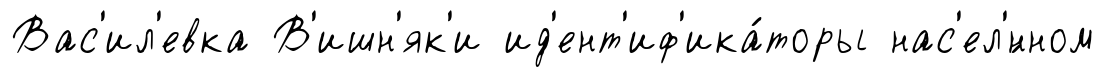
Вас'ил'евка В'ишн'як'и ид'ент'иф'ика́торы нас'ел'́нном